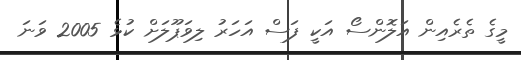
މީގެ ތެރެއިން އަލޮންސޯ އަކީ ފަސް އަހަރު ލިވަޕޫލަށް ކުޅެ 2005 ވަނަ